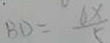
B D = \frac { 6 x } { 5 }